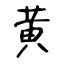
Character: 黄